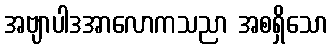
အဗျာပါဒအာလောကသညာ အစရှိသော